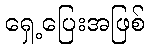
ရှေ့ပြေးအဖြစ်